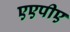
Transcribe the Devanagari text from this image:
एएपीए